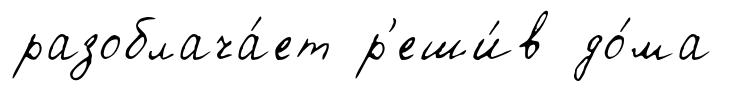
разоблача́ет р'еши́в до́ма